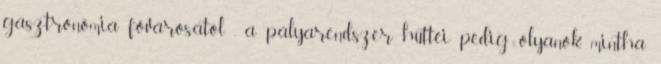
gasztronómia fővárosától , a pályarendszer hüttéi pedig olyanok, mintha